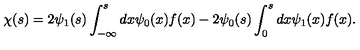
\chi ( s ) = 2 \psi _ { 1 } ( s ) \int _ { - \infty } ^ { s } d x \psi _ { 0 } ( x ) f ( x ) - 2 \psi _ { 0 } ( s ) \int _ { 0 } ^ { s } d x \psi _ { 1 } ( x ) f ( x ) .